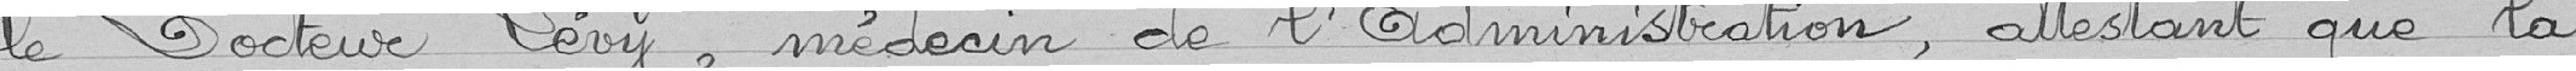
le docteur Lévy, médecin de l'administration, attestant que la